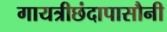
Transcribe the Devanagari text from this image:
गायत्रीछंदापासौनी